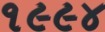
૧૯૯૪